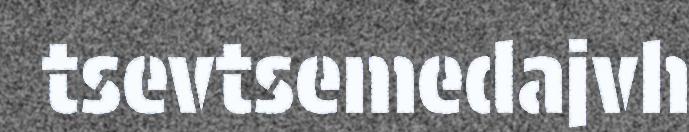
tsevtsemedajvh